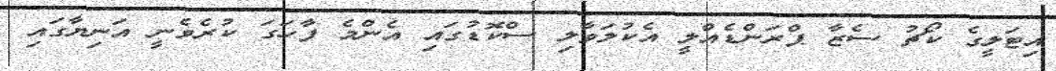
އިޓަލީގެ ކޯޗު ސެޒާ ޕްރަންޑެއްލީ އެކުލަވާލި ސްކޮޑުގައި އެންމެ ފާހަގަ ކުރެވެނީ އަނިޔާގައި